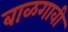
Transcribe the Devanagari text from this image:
बाळगावी